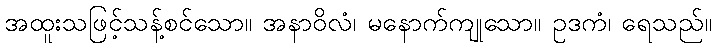
အထူးသဖြင့်သန့်စင်သော။ အနာဝိလံ၊ မနောက်ကျုသော။ ဥဒကံ၊ ရေသည်။